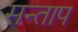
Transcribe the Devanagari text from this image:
सन्‍ताप